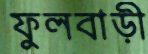
ফুলবাড়ী